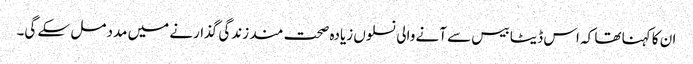
ان کا کہنا تھا کہ اس ڈیٹا بیس سے آنے والی نسلوں زیادہ صحت مند زندگی گذارنے میں مدد مل سکے گی۔